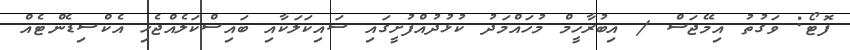
ފޮޓޯ: ވަގުތު އިމޭޖަސް / އިބުރާހީމް މުހައްމަދު ކުޅުދުއްފުށީގައި ސައިކަލަކާއި ބައިސްކަލެއްޖެހި އެކްސިޑެންޓެއް